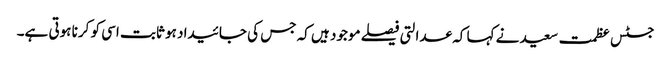
جسٹس عظمت سعید نے کہا کہ عدالتی فیصلے موجود ہیں کہ جس کی جائیداد ہو ثابت اسی کو کرنا ہوتی ہے۔